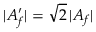
| { \cal A } _ { f } ^ { \prime } | = \sqrt { 2 } \, | { \cal A } _ { f } |